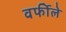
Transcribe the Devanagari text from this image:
वर्फीले